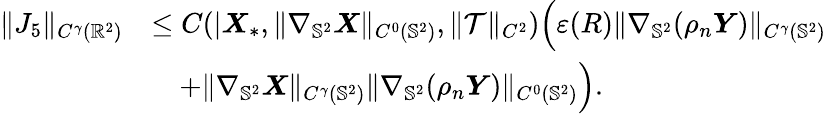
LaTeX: \begin{array}{rl}{\| J_{5}\| _{C^{\gamma}(\mathbb{R}^{2})}}&{\leq C(|\boldsymbol{X}_{*},\| \nabla_{\mathbb{S}^{2}}\boldsymbol{X}\| _{C^{0}(\mathbb{S}^{2})},\| \mathcal{T}\| _{C^{2}})\Big(\varepsilon(R)\| \nabla_{\mathbb{S}^{2}}(\rho_{n}\boldsymbol{Y})\| _{C^{\gamma}(\mathbb{S}^{2})}}\\ &{\quad+\| \nabla_{\mathbb{S}^{2}}\boldsymbol{X}\| _{C^{\gamma}(\mathbb{S}^{2})}\| \nabla_{\mathbb{S}^{2}}(\rho_{n}\boldsymbol{Y})\| _{C^{0}(\mathbb{S}^{2})}\Big).}\end{array}